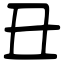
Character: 丑